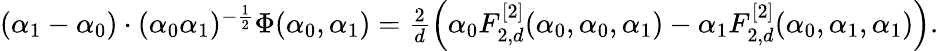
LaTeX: \begin{array}{r}{(\alpha_{1}-\alpha_{0})\cdot(\alpha_{0}\alpha_{1})^{-\frac 12}\Phi(\alpha_{0},\alpha_{1})=\frac 2d\Big(\alpha_{0}F_{2,d}^{[2]}(\alpha_{0},\alpha_{0},\alpha_{1})-\alpha_{1}F_{2,d}^{[2]}(\alpha_{0},\alpha_{1},\alpha_{1})\Big).}\end{array}